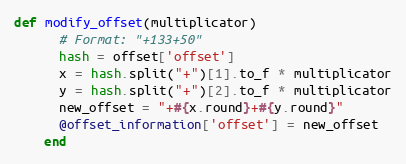
Language: Ruby
def modify_offset(multiplicator)
      # Format: "+133+50"
      hash = offset['offset']
      x = hash.split("+")[1].to_f * multiplicator
      y = hash.split("+")[2].to_f * multiplicator
      new_offset = "+#{x.round}+#{y.round}"
      @offset_information['offset'] = new_offset
    end